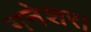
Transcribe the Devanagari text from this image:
गनेशरा